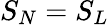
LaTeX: S_{N}=S_{L}